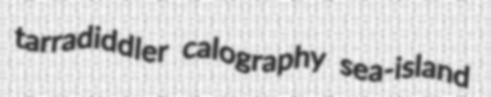
tarradiddler calography sea-island